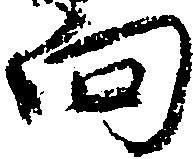
向